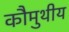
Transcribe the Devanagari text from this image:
कौमुथीय